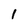
Character: 1